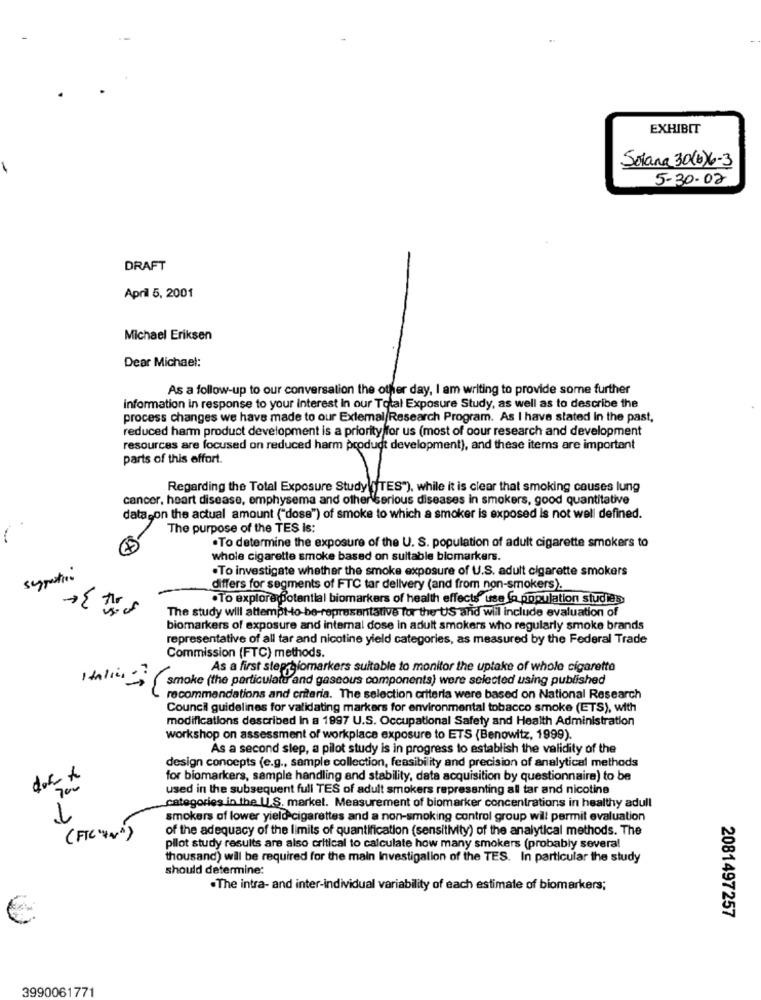
EXHIBIT
Solana 30(b) 6-3
5-30- 02
DRAFT
April 5, 2001
Michael Eriksen
Dear Michael:
As a follow-up to our conversation the other day, I am writing to provide some further
information in response to your interest in our Total Exposure Study, as well as to describe the
process changes we have made to our Extemal/Research Program. As I have stated In the past,
reduced harm product development is a priority for us (most of oour research and development
resources are focused on reduced harm product development), and these items are important
parts of this effort.
Regarding the Total Exposure Study TES"), while it is clear that smoking causes lung
cancer, heart disease, emphysema and other serious diseases in smokers, good quantitative
data.on the actual amount ("dose") of smoke to which a smoker is exposed is not well defined.
The purpose of the TES Is:
.To determine the exposure of the U. S. population of adult cigarette smokers to
whole cigarette smoke based on suitable biomarkers.
.To investigate whether the smoke exposure of U.S. adult cigarette smokers
differs for segments of FTC tar dellvery (and from non-smokers).
w
.To explore potential biomarkers of health effects use a population studies
The study will attemptto-be-representative for the US and will include evaluation of
biomarkers of exposure and internal dose in adult smokers who regularly smoke brands
representative of all tar and nicotine yield categories, as measured by the Federal Trade
Commission (FTC) methods.
As a first step biomarkers suitable to monitor the uptake of whole cigarette
smoke (the particulate and gaseous components) were selected using published
recommendations and criteria. The selection criteria were based on National Research
Council guidelines for validating markers for environmental tobacco smoke (ETS), with
modifications described in a 1997 U.S. Occupational Safety and Health Administration
workshop on assessment of workplace exposure to ETS (Benowitz, 1999).
As a second slep, a pilot study is in progress to establish the validity of the
design concepts (e.g ., sample collection, feasibility and precision of analytical methods
doct
for biomarkers, sample handling and stability, data acquisition by questionnaire) to be
700
used in the subsequent full TES of adult smokers representing all tar and nicotine
categories in the U.S. market. Measurement of biomarker concentrations in healthy adull
smokers of lower yield cigarettes and a non-smoking control group will permit evaluation
of the adequacy of the limits of quantification (sensitivity) of the analytical methods. The
(FIC'+N")
pilot study results are also critical to calculate how many smokers (probably several
thousand) will be required for the main Investigalion of the TES. In particular the study
should determine:
.The intra- and inter-individual variability of each estimate of biomarkers;
2081497257
3990061771